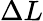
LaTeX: \Delta L